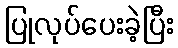
ပြုလုပ်ပေးခဲ့ပြီး